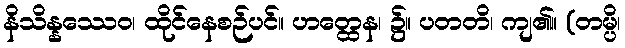
နိသိန္နဿေဝ၊ ထိုင်နေစဉ်ပင်။ ဟတ္ထေန၊ ၌။ ပတတိ၊ ကျ၏။ (တမ္ပိ၊